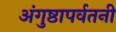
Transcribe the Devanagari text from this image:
अंगुष्ठापर्वतनी